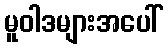
မူဝါဒများအပေါ်